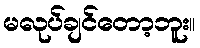
မလုပ်ချင်တော့ဘူး။